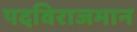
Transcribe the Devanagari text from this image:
पदविराजमान